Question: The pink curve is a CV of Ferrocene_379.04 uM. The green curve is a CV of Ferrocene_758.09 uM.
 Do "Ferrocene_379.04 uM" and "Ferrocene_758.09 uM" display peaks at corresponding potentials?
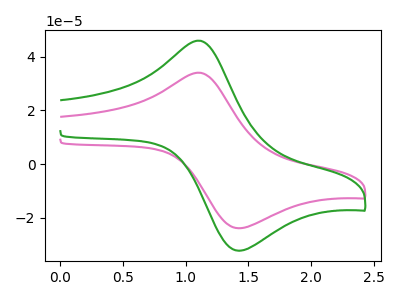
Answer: <think>The pink curve "Ferrocene_379.04 uM" has an anodic peak at (1.10V, 34.05uA) and a cathodic peak at (1.40V, -23.95uA). The green curve "Ferrocene_758.09 uM" has an anodic peak at (1.10V, 46.00uA) and a cathodic peak at (1.40V, -32.30uA).</think>
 <answer>Yes, "Ferrocene_379.04 uM" have a peak in "Ferrocene_758.09 uM" at the same potential.</answer>
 <eval>match</eval>